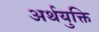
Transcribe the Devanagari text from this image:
अर्थयुक्ति